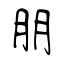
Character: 朋